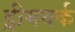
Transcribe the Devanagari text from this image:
ड्रीमवर्क